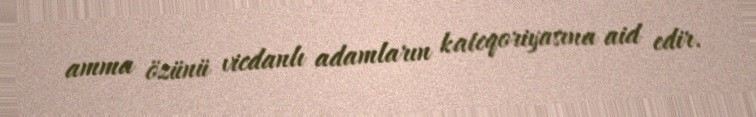
amma özünü vicdanlı adamların kateqoriyasına aid edir.